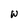
Character: w